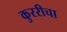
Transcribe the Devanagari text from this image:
कुररीचा